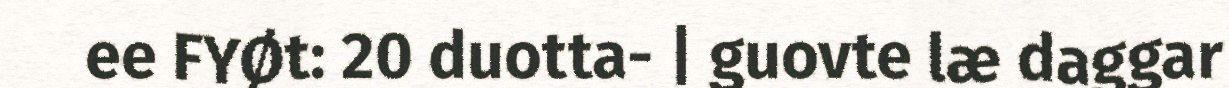
ee FYØt: 20 duotta- | guovte læ daggar